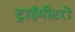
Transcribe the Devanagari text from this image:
ट्राईमीटरों